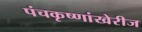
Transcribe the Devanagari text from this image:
पंचकृष्णांखेरीज